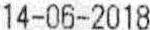
14-16-2018